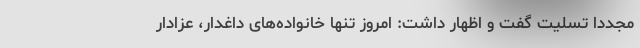
مجدداً تسلیت گفت و اظهار داشت: امروز تنها خانواده‌های داغدار، عزادار